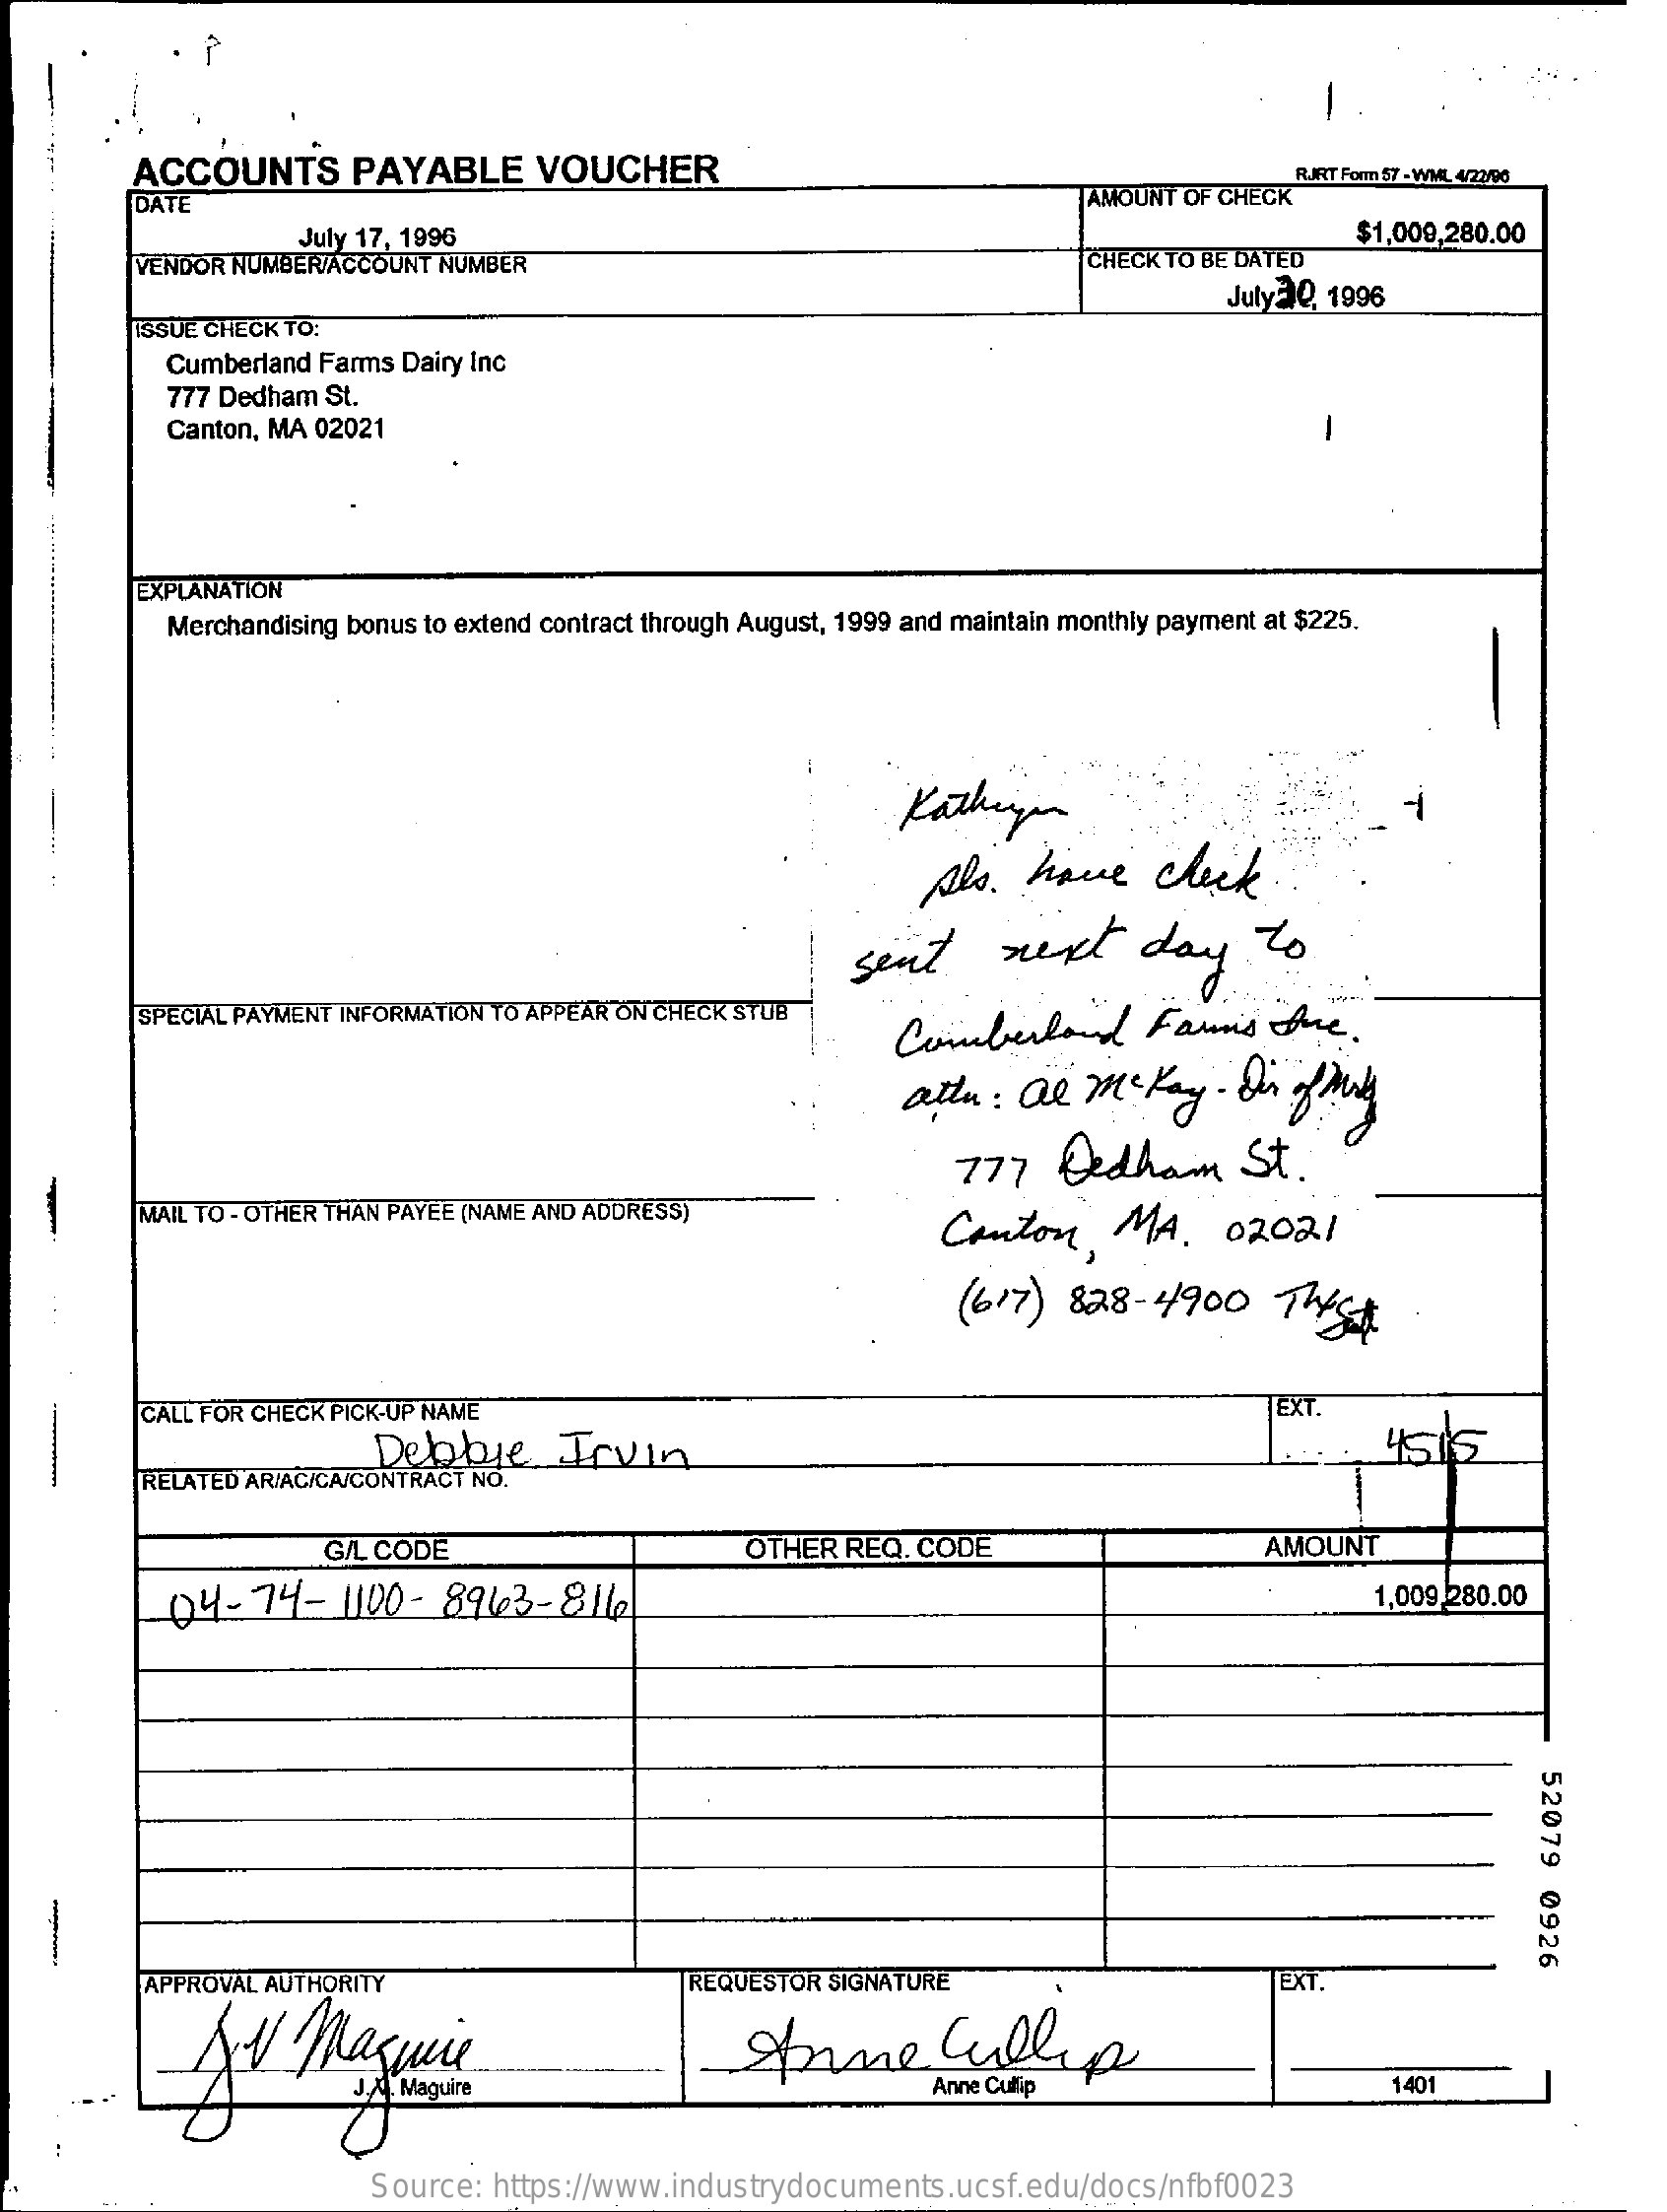
ACCOUNTS    PAYABLE    VOUCHER
     DATE    AMOUNT OF CHECK
     RJRT Form 57 - WML 4/22/98
     July 17, 1996
     VENDOR NUMBER/ACCOUNT NUMBER    CHECK TO BE DATED
     $1,009,280.00
     ISSUE CHECK TO:
     July 210, 1996
     Cumberland Farms Dairy Inc
     777 Dedham St.
     Canton, MA 02021
     EXPLANATION
     Merchandising bonus to extend contract through August, 1999 and maintain monthly payment at $225.
     Kathi
     Als.   have    check   .
     sent    next    day    to
     SPECIAL PAYMENT INFORMATION TO APPEAR ON CHECK STUB
     Cumberland    Fais    Aue.
     attn:  al   Mckay    - or  ofAry
     777    Dedham    St.
   -
     MAIL TO - OTHER THAN PAYEE (NAME AND ADDRESS)
     Canton,    MA.    02021
     (617 ) 828-   4900    THESE
     CALL FOR CHECK PICK-UP NAME    EXT.
     Debbie    Irvin    4515
     RELATED AR/ACICA/CONTRACT NO.
     G/L CODE    OTHER  REQ. CODE    AMOUNT
     04-74-    1100-  8943-816    1,009.280.00
     52079
     0926
   -
     APPROVAL AUTHORITY
     Magwie
     REQUESTOR SIGNATURE    EXT
     same    Cullen
     1401
     Source: https://www.industrydocuments.ucsf.edu/docs/nfbf0023